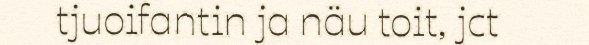
tjuoifantin ja näu toit, jct